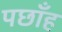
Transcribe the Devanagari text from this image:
पछाँह